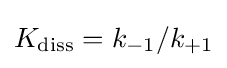
K_{\mathrm {diss} }=k_{-1}/k_{+1}